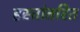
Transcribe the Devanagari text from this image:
हस्तांतरित